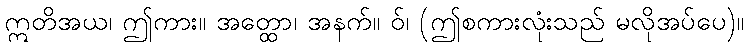
ဣတိအယ၊ ဤကား။ အတ္ထော၊ အနက်။ ဝ်၊ (ဤစကားလုံးသည် မလိုအပ်ပေ)။